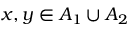
x , y \in A _ { 1 } \cup A _ { 2 }